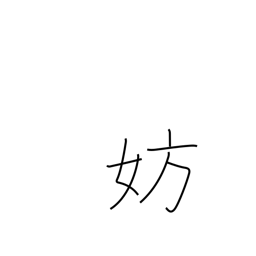
Meaning: hamper